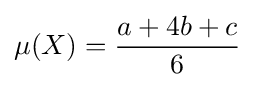
\mu (X)={\frac {a+4b+c}{6}}